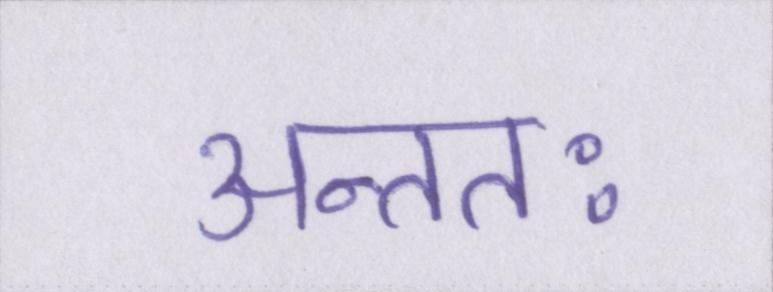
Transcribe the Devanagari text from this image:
अन्ततः